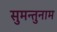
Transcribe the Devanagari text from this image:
सुमन्तुनाम